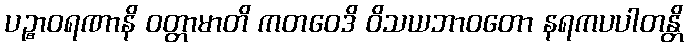
ပဉ္စာဝရဏာနိ ဝတ္တာမာတိ ကတဝေဒိ ဝိသယဘာဝတော နရကပပါတန္တိ